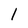
Character: 1